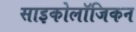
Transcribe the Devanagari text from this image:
साइकोलॉजिकन